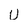
Character: U